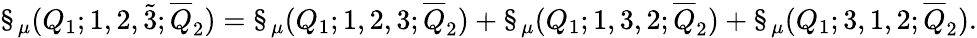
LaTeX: \S_{\mu}(Q_{1};1,2,\tilde{3};\overline{{{Q}}}_{2})=\S_{\mu}(Q_{1};1,2,3;\overline{{{Q}}}_{2})+\S_{\mu}(Q_{1};1,3,2;\overline{{{Q}}}_{2})+\S_{\mu}(Q_{1};3,1,2;\overline{{{Q}}}_{2}).